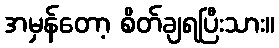
အမှန်တော့ စိတ်ချရပြီးသား။